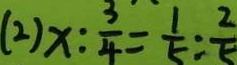
( 2 ) x : \frac { 3 } { 4 } = \frac { 1 } { 5 } : \frac { 2 } { 5 }